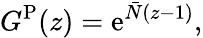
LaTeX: G^{\mathrm{P}}(z)=\mathrm{e}^{\bar{N}(z-1)},